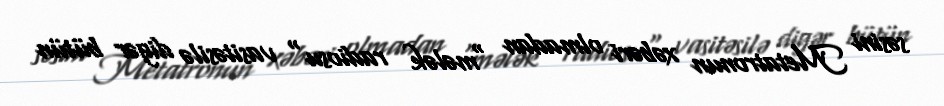
səsini Metatronun xəbəri olmadan "mələk radiosu" vasitəsilə digər bütün